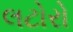
લટોરો